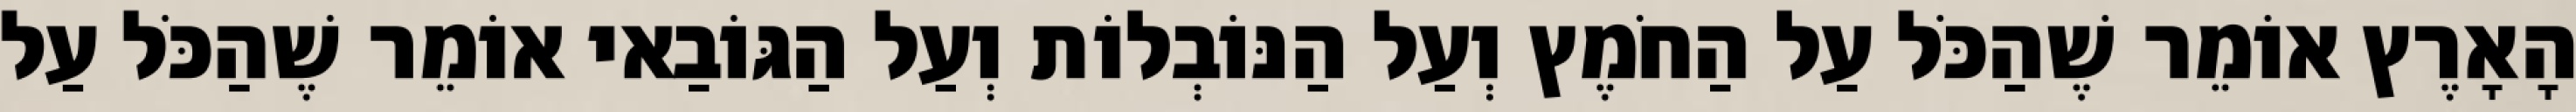
הָאָרֶץ אוֹמֵר שֶׁהַכֹּל עַל הַחֹמֶץ וְעַל הַנּוֹבְלוֹת וְעַל הַגּוֹבַאי אוֹמֵר שֶׁהַכֹּל עַל